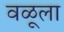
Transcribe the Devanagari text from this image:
वळूला